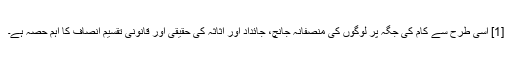
[1] اسی طرح سے کام کی جگہ پر لوگوں کی منصفانہ جانچ، جائداد اور اثاثہ کی حقیقی اور قانونی تقسیم انصاف کا اہم حصہ ہے۔